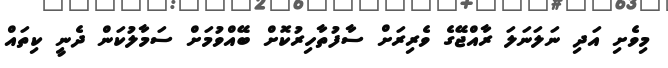
މިވެށި އަދި ނަލަނަލަ ރާއްޖޭގެ ވެރިރަށް ސާފުތާހިރުކޮށް ބޭއްވުމަށް ސަމާލުކަން ދެނީ ކިތައް